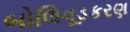
બોલિવૂડકરણ